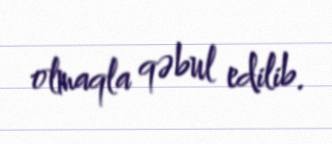
olmaqla qəbul edilib.